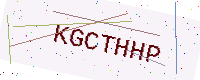
Text: KGCTHHP